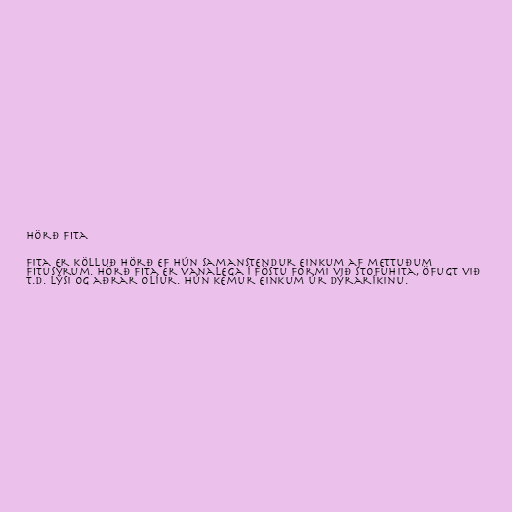
Hörð fita

Fita er kölluð hörð ef hún samanstendur einkum af mettuðum
fitusýrum. Hörð fita er vanalega í föstu formi við stofuhita, öfugt við
t.d. lýsi og aðrar olíur. Hún kemur einkum úr dýraríkinu.